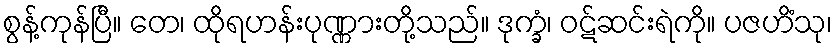
စွန့်ကုန်ပြီ။ တေ၊ ထိုရဟန်းပုဏ္ဏားတို့သည်။ ဒုက္ခံ၊ ဝဋ်ဆင်းရဲကို။ ပဇဟိံသု၊